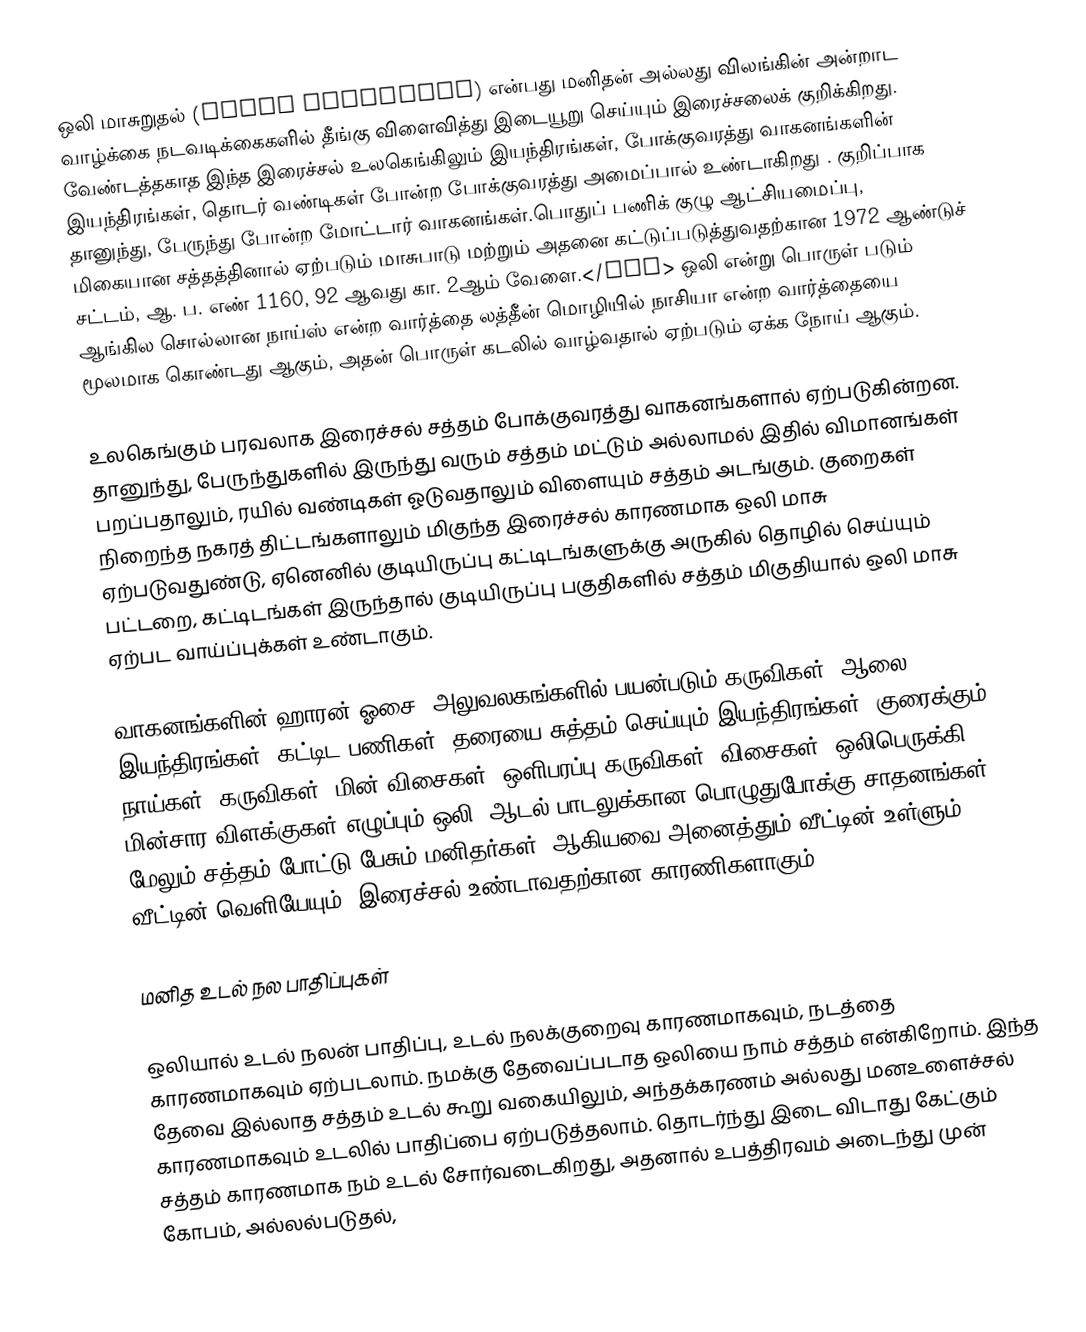
ஒலி மாசுறுதல் (Noise pollution) என்பது மனிதன் அல்லது விலங்கின் அன்றாட வாழ்க்கை நடவடிக்கைகளில் தீங்கு விளைவித்து இடையூறு செய்யும் இரைச்சலைக் குறிக்கிறது. வேண்டத்தகாத இந்த இரைச்சல் உலகெங்கிலும் இயந்திரங்கள், போக்குவரத்து வாகனங்களின் இயந்திரங்கள், தொடர் வண்டிகள் போன்ற போக்குவரத்து அமைப்பால் உண்டாகிறது . குறிப்பாக தானுந்து, பேருந்து போன்ற மோட்டார் வாகனங்கள்.பொதுப் பணிக் குழு ஆட்சியமைப்பு, மிகையான சத்தத்தினால் ஏற்படும் மாசுபாடு மற்றும் அதனை கட்டுப்படுத்துவதற்கான 1972 ஆண்டுச் சட்டம், ஆ. ப. எண் 1160, 92 ஆவது கா. 2ஆம் வேளை.</ref> ஒலி என்று பொருள் படும் ஆங்கில சொல்லான நாய்ஸ் என்ற வார்த்தை லத்தீன் மொழியில் நாசியா என்ற வார்த்தையை மூலமாக கொண்டது ஆகும், அதன் பொருள் கடலில் வாழ்வதால் ஏற்படும் ஏக்க நோய் ஆகும்.

உலகெங்கும் பரவலாக இரைச்சல் சத்தம் போக்குவரத்து வாகனங்களால் ஏற்படுகின்றன. தானுந்து,  பேருந்துகளில் இருந்து வரும் சத்தம் மட்டும் அல்லாமல் இதில் விமானங்கள் பறப்பதாலும், ரயில் வண்டிகள் ஓடுவதாலும் விளையும் சத்தம் அடங்கும். குறைகள் நிறைந்த நகரத் திட்டங்களாலும் மிகுந்த இரைச்சல் காரணமாக ஒலி மாசு ஏற்படுவதுண்டு, ஏனெனில் குடியிருப்பு கட்டிடங்களுக்கு அருகில் தொழில் செய்யும் பட்டறை, கட்டிடங்கள் இருந்தால் குடியிருப்பு பகுதிகளில் சத்தம் மிகுதியால் ஒலி மாசு ஏற்பட வாய்ப்புக்கள் உண்டாகும்.

வாகனங்களின் ஹாரன் ஓசை, அலுவலகங்களில் பயன்படும் கருவிகள், ஆலை இயந்திரங்கள், கட்டிட பணிகள், தரையை சுத்தம் செய்யும் இயந்திரங்கள், குரைக்கும் நாய்கள், கருவிகள், மின் விசைகள், ஒளிபரப்பு கருவிகள், விசைகள், ஒலிபெருக்கி, மின்சார விளக்குகள் எழுப்பும் ஒலி, ஆடல் பாடலுக்கான பொழுதுபோக்கு சாதனங்கள், மேலும் சத்தம் போட்டு பேசும் மனிதர்கள், ஆகியவை அனைத்தும் வீட்டின் உள்ளும், வீட்டின் வெளியேயும், இரைச்சல் உண்டாவதற்கான காரணிகளாகும்.

மனித உடல் நல பாதிப்புகள்

ஒலியால் உடல் நலன் பாதிப்பு, உடல் நலக்குறைவு காரணமாகவும், நடத்தை காரணமாகவும் ஏற்படலாம். நமக்கு தேவைப்படாத ஒலியை நாம் சத்தம் என்கிறோம். இந்த தேவை இல்லாத சத்தம் உடல் கூறு வகையிலும், அந்தக்கரணம் அல்லது மனஉளைச்சல் காரணமாகவும் உடலில் பாதிப்பை ஏற்படுத்தலாம். தொடர்ந்து இடை விடாது கேட்கும் சத்தம் காரணமாக நம் உடல் சோர்வடைகிறது, அதனால் உபத்திரவம் அடைந்து முன் கோபம், அல்லல்படுதல்,